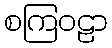
စကြဝဠာ